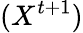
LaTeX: (X^{t+1})